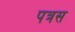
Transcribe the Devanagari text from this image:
पत्रस